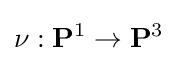
\nu :\mathbf {P} ^{1}\to \mathbf {P} ^{3}